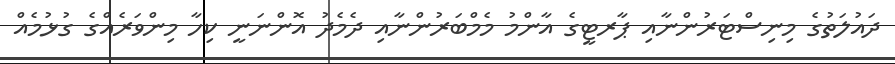
ދައުލަތުގެ މިނިސްޓަރުންނާއި ޕާރޓީގެ އާންމު މެމްބަރުންނާއި ދެމެދު އޮންނަނީ ކިހާ މިންވަރެއްގެ ގުޅުމެއް